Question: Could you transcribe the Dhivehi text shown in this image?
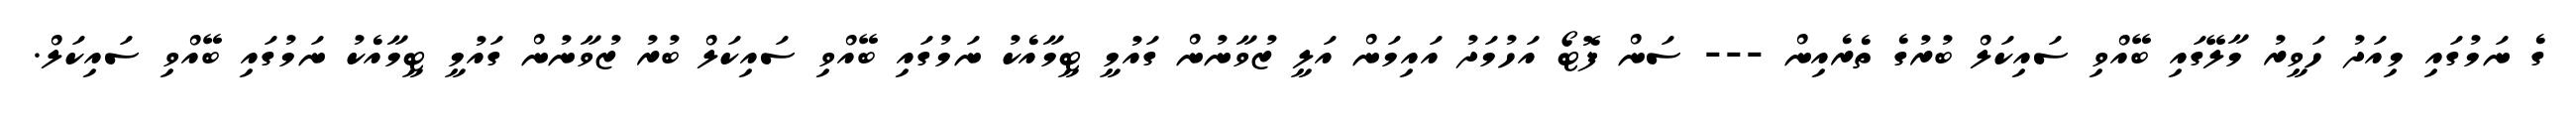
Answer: ގެ ނަމުގައި މިއަދު ހަވީރު މާލޭގައި ބޭއްވި ސައިކަލް ބުރުގެ ތެރެއިން --- ސަން ފޮޓޯ އަހުމަދު އައިމަން އަލީ ޒުވާނުން ގައުމީ ޓީމާއެކު ނަމުގައި ބޭއްވި ސައިކަލް ބުރު ޒުވާނުން ގައުމީ ޓީމާއެކު ނަމުގައި ބޭއްވި ސައިކަލް.